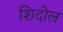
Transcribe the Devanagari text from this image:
शिदोल